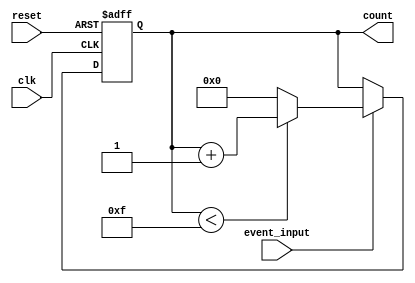
module digital_event_counter (
    input wire clk,            // Clock signal
    input wire reset,          // Active-high reset
    input wire event_input,    // Event signal to count
    output reg [3:0] count     // 4-bit counter output (0 to 15)
);
    
    // State transition logic
    always @(posedge clk or posedge reset) begin
        if (reset) begin
            count <= 4'b0000;  // Reset the counter to zero
        end else if (event_input) begin
            if (count < 4'b1111) begin // Check for maximum count (15)
                count <= count + 1;  // Increment the counter
            end else begin
                count <= 4'b0000;  // Roll over the counter to zero if maximum reached
            end
        end
    end

endmodule